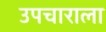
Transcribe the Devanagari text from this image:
उपचाराला